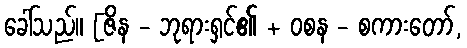
ခေါ်သည်။ [ဇိန - ဘုရားရှင်၏ + ဝစန - စကားတော်,